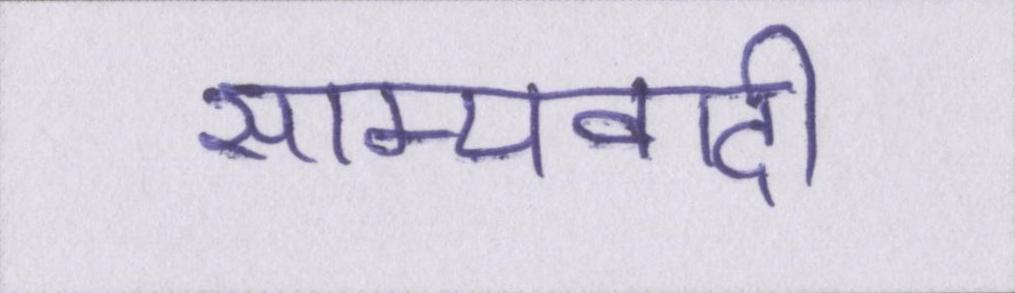
साम्यवादी